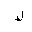
Letter: _lam